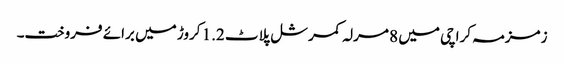
زمزمہ کراچی میں 8 مرلہ کمرشل پلاٹ 1.2 کروڑ میں برائے فروخت۔